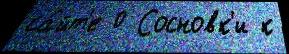
са́йт'е 0 Сосновк'и к